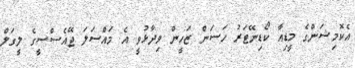
އެކޮމިޝަންގެ މީޑިއާ ކޯޑިނޭޓަރު ހަސަން ޒަހީން ވިދާޅުވީ އެ މައްސަލަ ޖޭއެސްސީގެ ލީގަލް